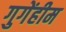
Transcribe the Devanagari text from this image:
गुगेंहीम